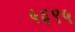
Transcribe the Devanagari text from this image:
५६९५